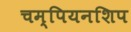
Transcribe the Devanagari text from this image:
चम्पियनशिप